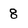
Character: 8